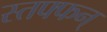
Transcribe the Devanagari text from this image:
स्तफ्फन्